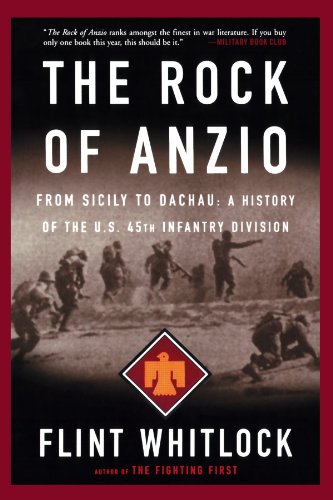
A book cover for The Rock Of Anzio: From Sicily To Dachau, A History Of The U.S. 45th Infantry Division; Flint Whitlock; History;